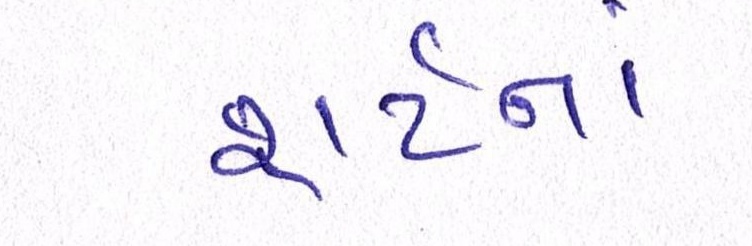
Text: શર્ટનાં